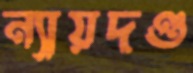
ন্যায়দণ্ড